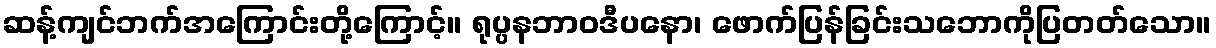
ဆန့်ကျင်ဘက်အကြောင်းတို့ကြောင့်။ ရုပ္ပနဘာဝဒီပနော၊ ဖောက်ပြန်ခြင်းသဘောကိုပြတတ်သော။